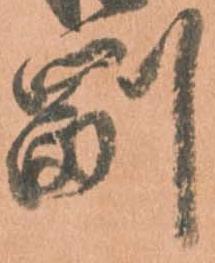
副